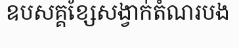
ឧបសគ្គខ្សែសង្វាក់តំណរបង